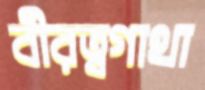
বীরত্বগাথা